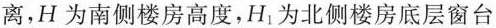
离，H为南侧楼房高度，H_{1}为北侧楼房底层窗台